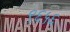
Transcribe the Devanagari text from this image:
९६५६